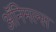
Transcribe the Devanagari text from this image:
अॅनिमल्स